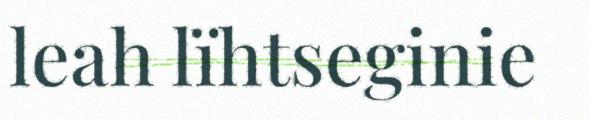
leah lïhtseginie